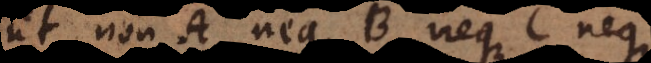
ut non A, neque B, neque C neque